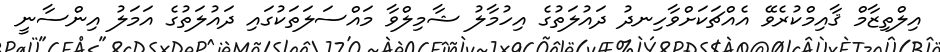
އިލްތިޒާމް ޤާއިމްކުރެވޭ އެއްޗަކަށްވާހިނދު ދައުލަތުގެ އިހުމާލު ޝާމިލްވާ މައްސަލަތަކުގައި ދައުލަތުގެ އަމަލު އިންސާނީ